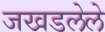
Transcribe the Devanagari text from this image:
जखडलेले